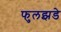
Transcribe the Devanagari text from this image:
फुलझडे